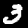
Label: 3